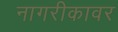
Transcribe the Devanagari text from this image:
नागरीकावर